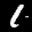
Label: 1